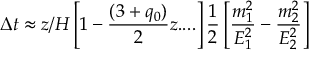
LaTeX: \Delta t \approx z / H \left[ 1 - \frac { ( 3 + q _ { 0 } ) } { 2 } z . . . . \right] \frac { 1 } { 2 } \left[ \frac { m _ { 1 } ^ { 2 } } { E _ { 1 } ^ { 2 } } - \frac { m _ { 2 } ^ { 2 } } { E _ { 2 } ^ { 2 } } \right]